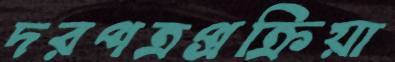
দরপত্রপ্রক্রিয়া